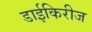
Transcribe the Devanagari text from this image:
डाईकिरीज